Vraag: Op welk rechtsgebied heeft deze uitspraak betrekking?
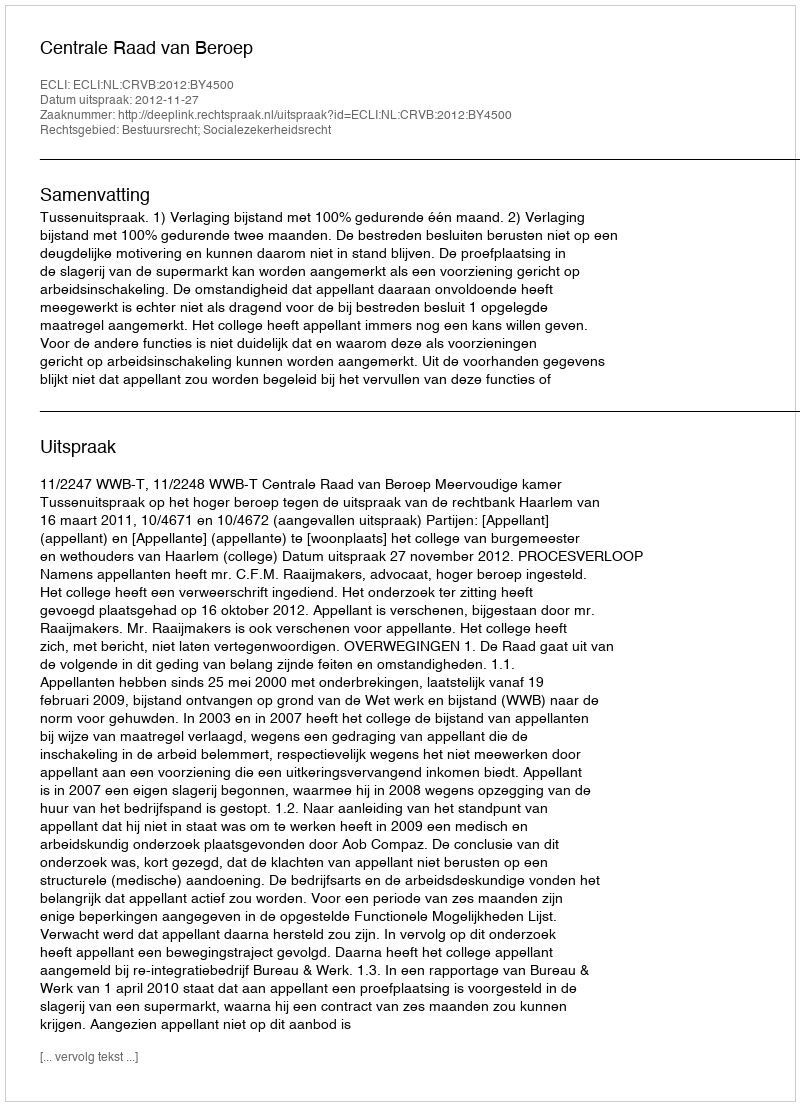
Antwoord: Bestuursrecht; Socialezekerheidsrecht